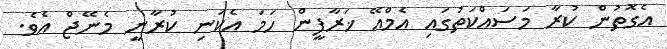
އެގޮތުން ކުރާ މަސައްކަތުގައި އެމްއޭ ޚަރާފީން ހަމަ އެކަނި ކުރާނީ މެނޭޖް އެވެ.